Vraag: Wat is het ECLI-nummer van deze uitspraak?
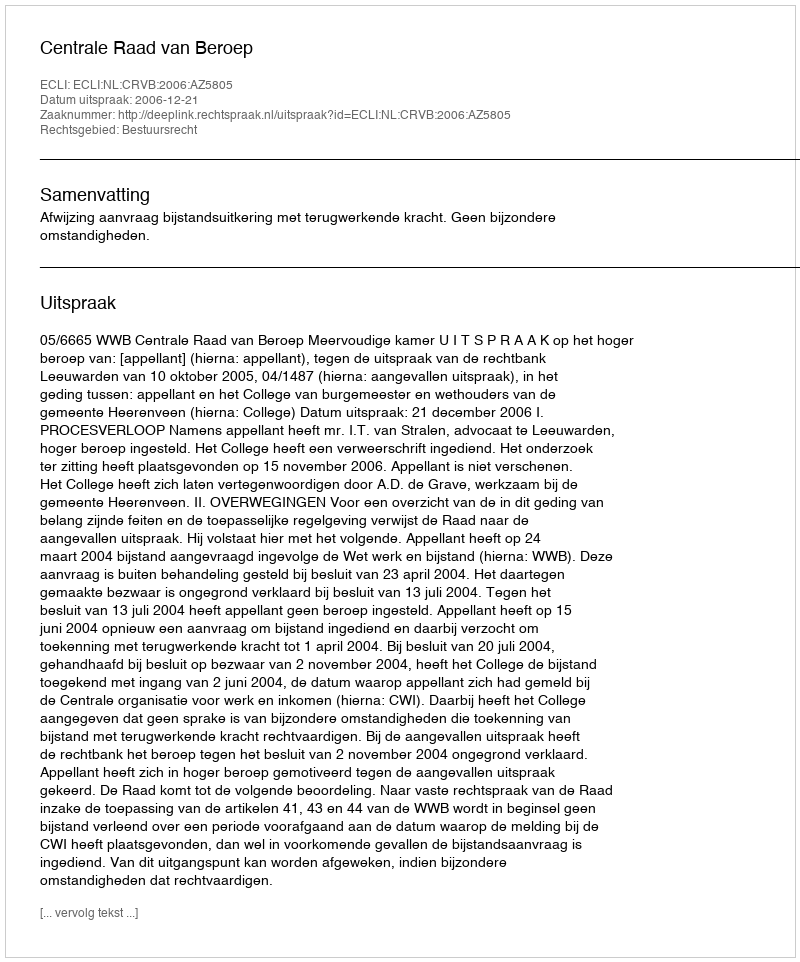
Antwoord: ECLI:NL:CRVB:2006:AZ5805